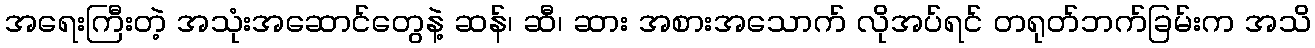
အရေးကြီးတဲ့ အသုံးအဆောင်တွေနဲ့ ဆန်၊ ဆီ၊ ဆား အစားအသောက် လိုအပ်ရင် တရုတ်ဘက်ခြမ်းက အသိ